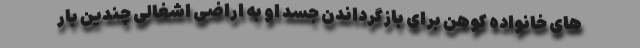
‌های خانواده کوهن برای بازگرداندن جسد او به اراضی اشغالی چندین بار